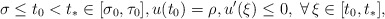
\begin{align*}\sigma\leq t_{0} < t_{*}\in \mathopen{[}\sigma_{0},\tau_{0}\mathclose{]}, u(t_{0}) = \rho, u'(\xi) \leq 0, \; \forall \, \xi\in \mathopen{[}t_{0},t_{*}\mathclose{]},\end{align*}